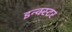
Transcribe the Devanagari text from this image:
इन्क्स्टर